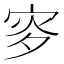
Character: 𡨝